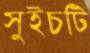
সুইচটি